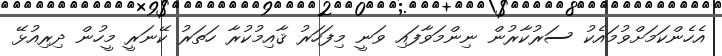
އެހެންކަމަށްވުމައެކު ސަރުކާރުން ނިންމަވާފައި ވަނީ މިފަހަރު ޤާއިމުކުރާ ހަތަރު ކޭނަރީ މީހުން ދިރިއުޅޭ